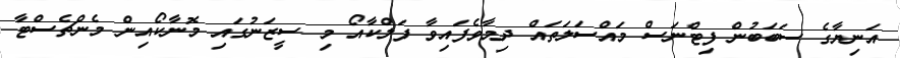
އަނިޔާގެ ސަބަބުން ފިޓްނަސް މައްސަލަތައް ދިމާވެފައިވާ ފަލްކާއޯ މި ސީޒަނުގައި މޮނާކޯއިން މެންޗެސްޓާ